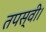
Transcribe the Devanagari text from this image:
तपस्वी।